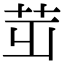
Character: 𦭢